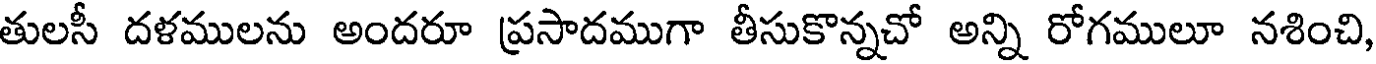
తులసీ దళములను అందరూ ప్రసాదముగా తీసుకొన్నచో అన్ని రోగములూ నశించి,